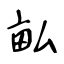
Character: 畆